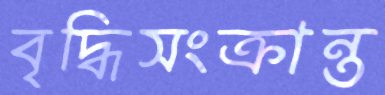
বৃদ্ধিসংক্রান্ত